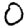
Digit: 0